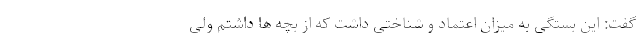
گفت: این بستگی به میزان اعتماد و شناختی داشت که از بچه ها داشتم ولی